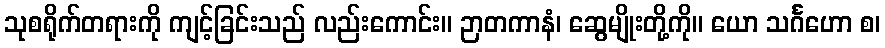
သုစရိုက်တရားကို ကျင့်ခြင်းသည် လည်းကောင်း။ ဉာတကာနံ၊ ဆွေမျိုးတို့ကို။ ယော သင်္ဂဟော စ၊